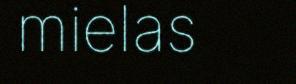
mielas